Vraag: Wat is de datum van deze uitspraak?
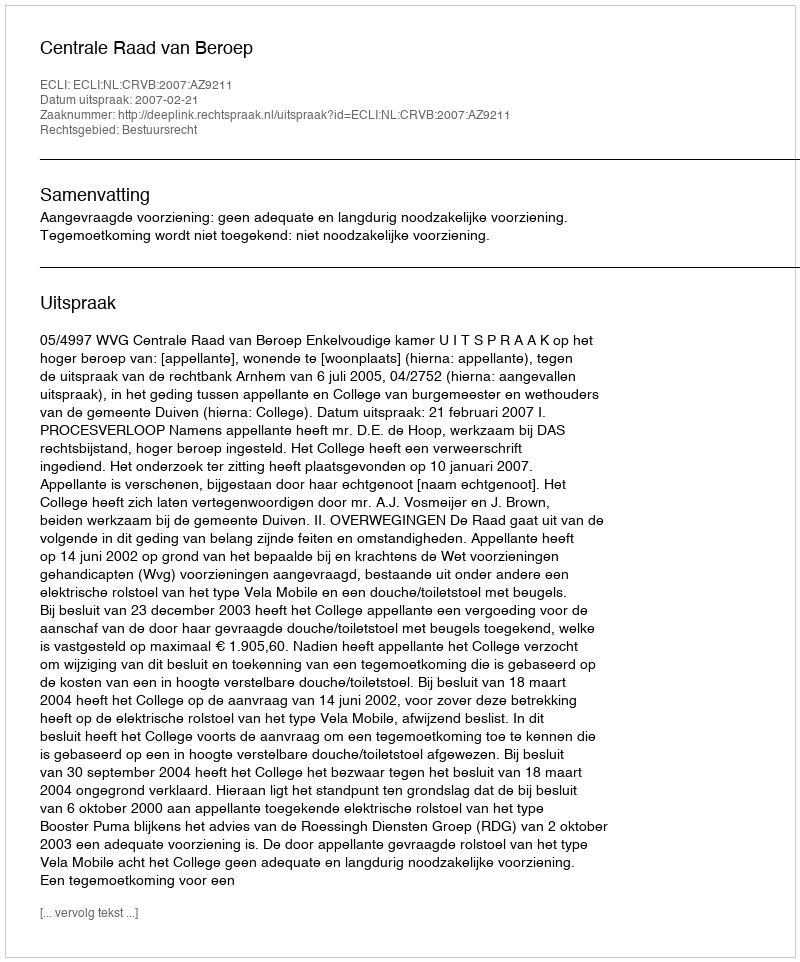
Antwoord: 2007-02-21